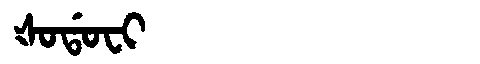
Manchu: ᡧᠣᡩᠣᠸᡳ
Romanization: ŠODOFI